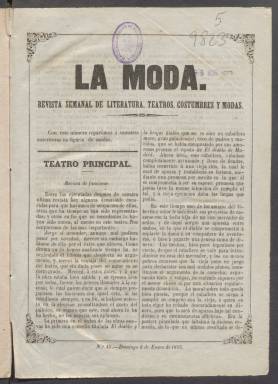
Título: La Moda (Cádiz)
Colección: Revistas femeninas || Moda || Revistas de información general
Ámbito geográfico: Cádiz
Lugar de publicación: Cádiz
Fechas: 08/01/1855-06/01/1861